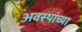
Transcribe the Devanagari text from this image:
अवस्थांच्या